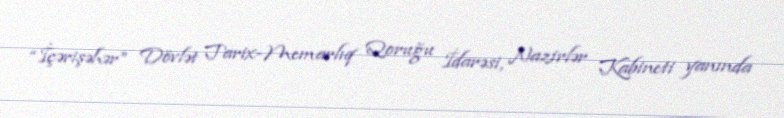
“İçərişəhər” Dövlət Tarix-Memarlıq Qoruğu İdarəsi, Nazirlər Kabineti yanında